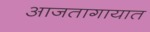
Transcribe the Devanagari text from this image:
आजतागायात